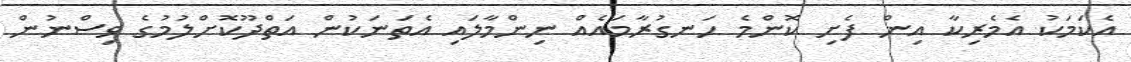
އެކަމަކު އެމެރިކާ އިން ފެށި ކޮންމެ ހަނގުރާމައެއް ނިންމާލައި އެތަނަކުން އަތްދޫކޮށްލުމުގެ ވިސްނުން